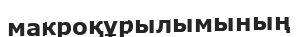
макроқұрылымының